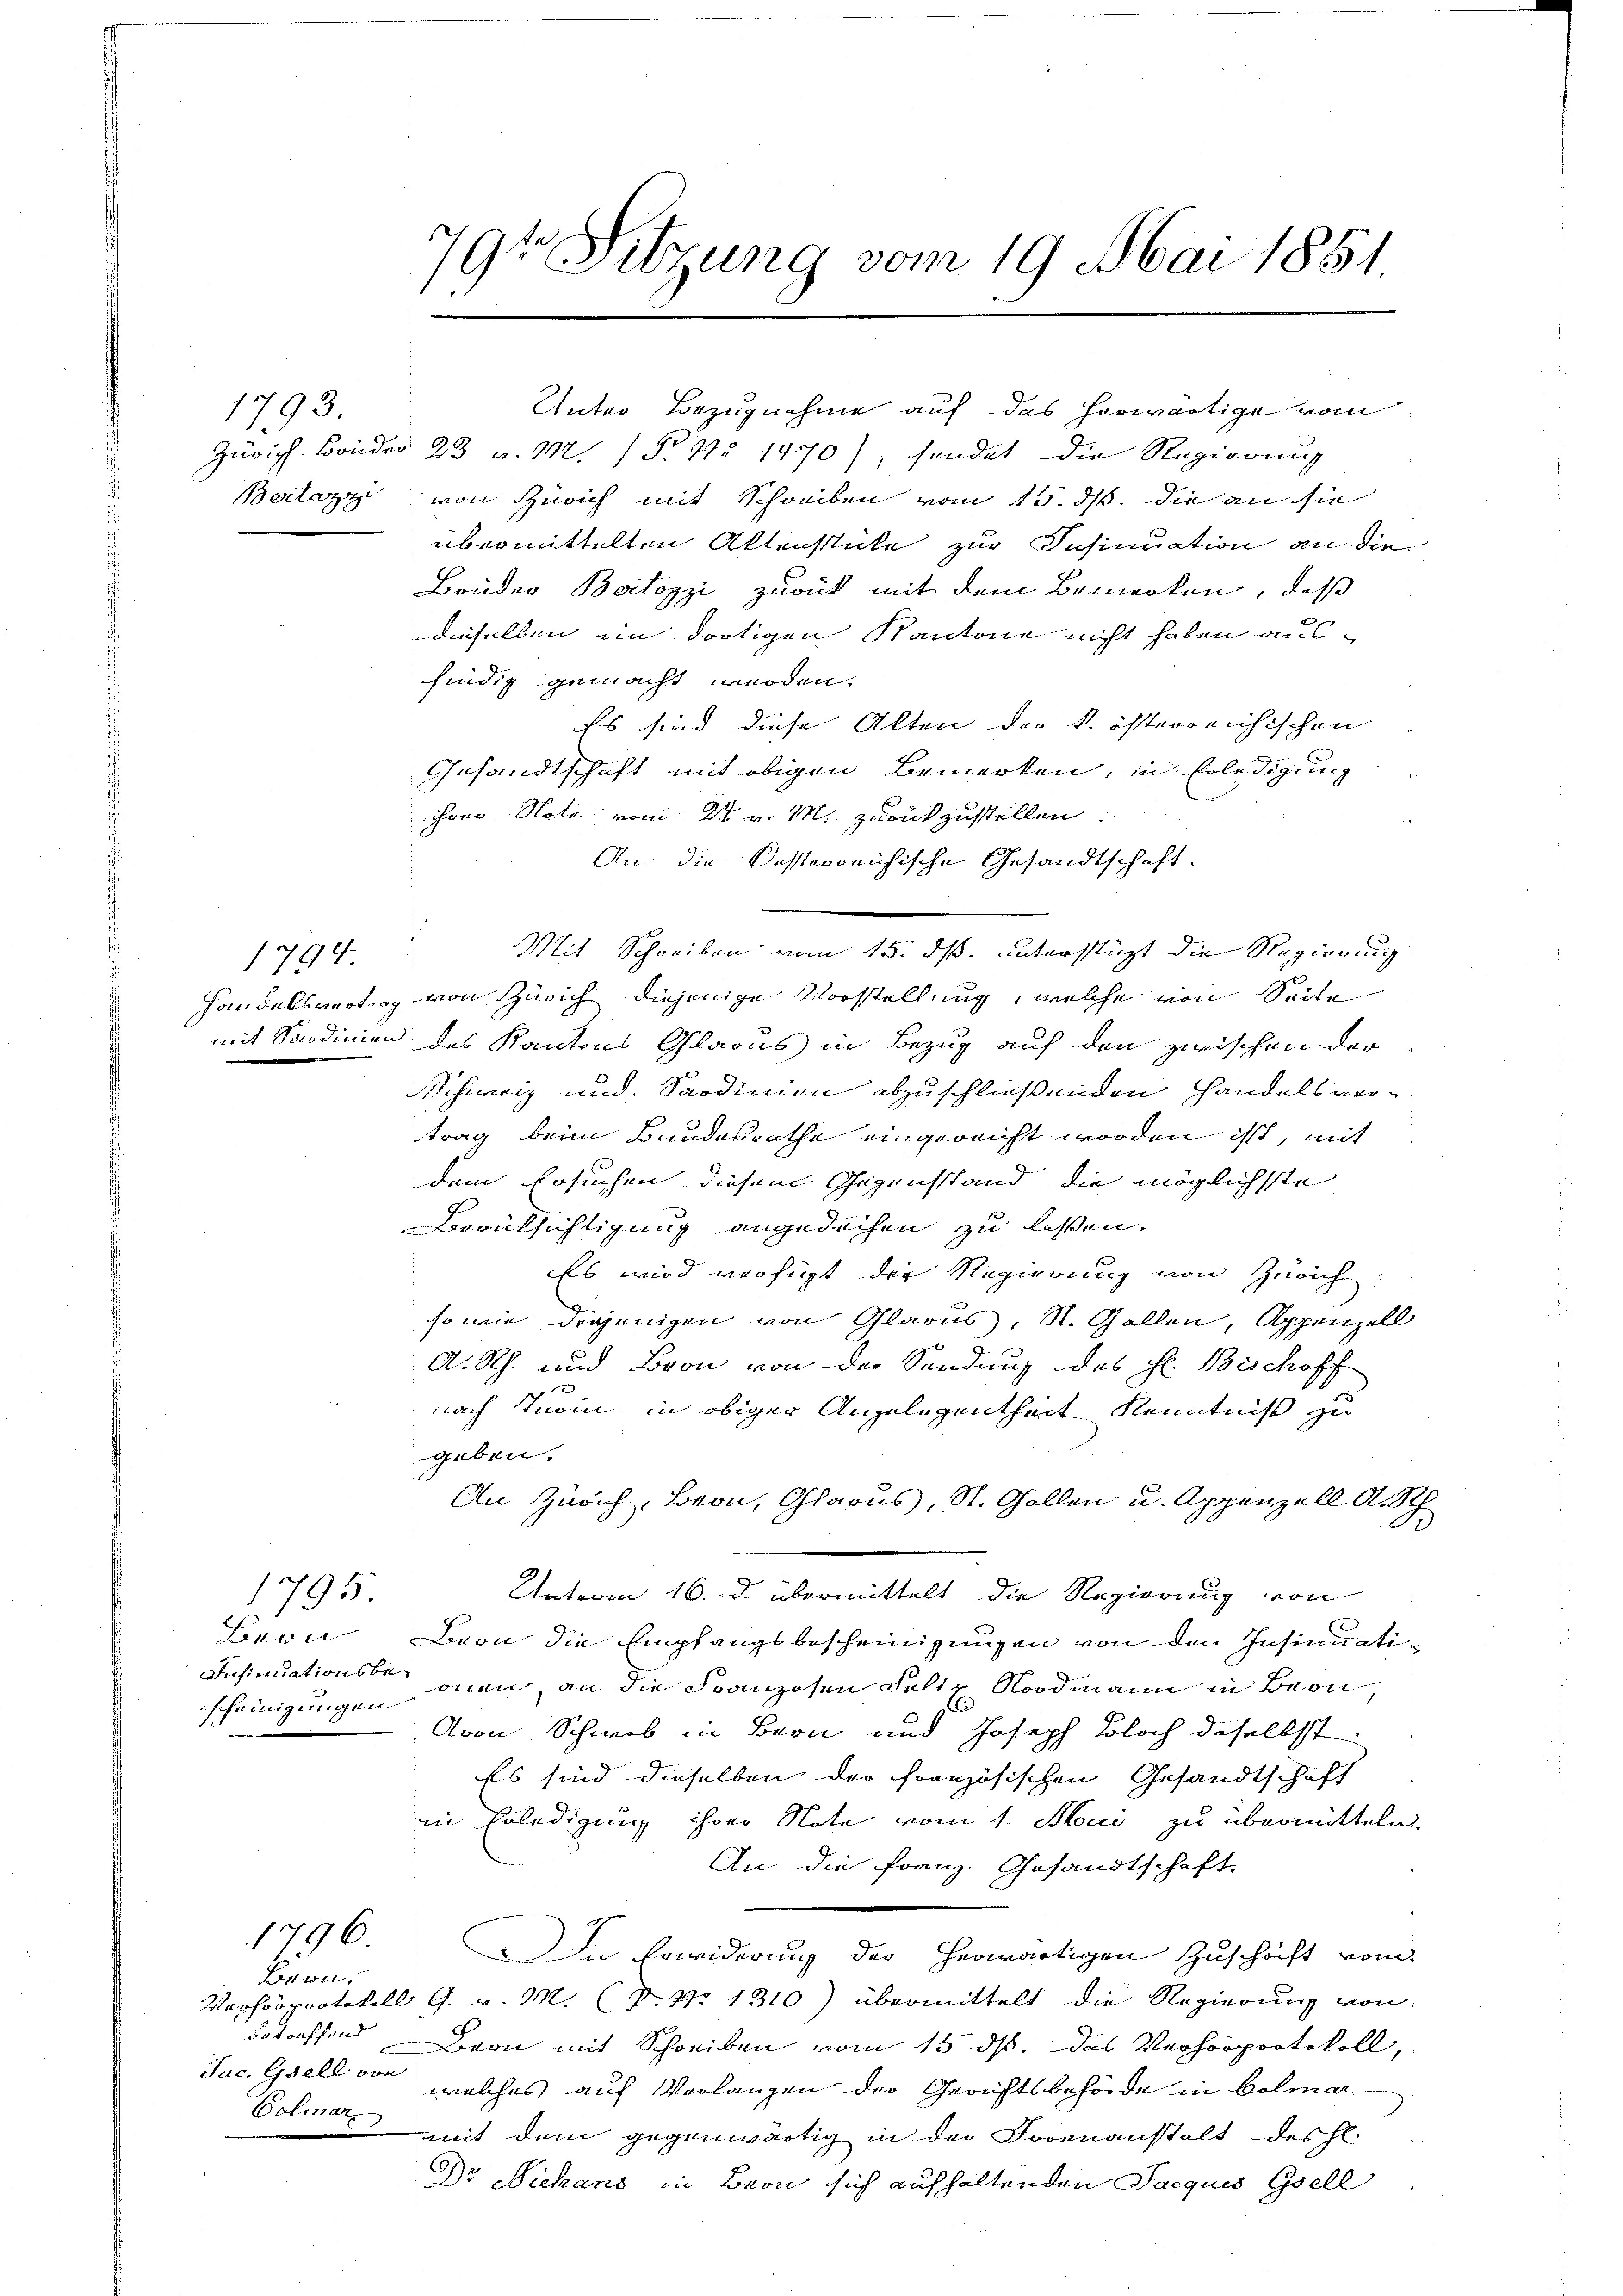
1793.

1794

scheinigungen

1795.

1796.

241. 471
betreffend
Polmar

79te Sitzung vom 19. Mai 1851.

Unter Bezugnahme auf das herwärtige vom
Zürich. Bruder 23 v. M. (§ 91. 1470), sendet die Regierung
Beilazzi von Zürich mit Schreiben vom 15. ds. die an sie
übermittelten Aktenstücke zur Insinuation an die
Boudro Bartozzi zurück mit dem Bemerken, daß
dieselben im dortigen Kantone nicht haben ausfindig gemacht werden.
Es sind diese Alten der k. österreichischen
Gesandtschaft mit obigen Bemerken, in Erledigung
ihrer Note vom 21. v. M. zurückzustellen.
An die Kosterreichische Gesandtschaft
Handelswertung von Zürich diejenige Vorstellung, welche von Seite
mit Sardinien des Kantons Glarus in Bezug auf den zwischen der
Schweiz und Sardinien abzuschließenden Handels vertrag beim Bandesrathe eingereicht worden ist, mit
dem Ersuchen diesem Gegenstand, die möglichste
Berücksichtigung angedechen zu lassen.
Es wird verfügt die Regierung von Zürich,
so wie diejenigen von Glarus, St. Gallen, Appenzell
A. Rh. und Bron von der Sendung des Hr. Beschoff
nach Turin in obiger Angelegentheit Kenntniß zu
geben.
An Zürich, Baron, Glarus, St. Gallen u. Appenzell A. Sch
Unterm 16. d.          Die Regierung von
Bern Bern die Empfangsbescheinigungen von den Insinuati¬
Insinuations inen, an die Franzosen Felix Nordmann in Bern,
)
Avon Schweb in Bern und Joseph Bloch daselbst
Es sind dieselben der französischen Gesandtschaft
in Erledigung ihrer Note vom 1. Mai zu übermitteln.
An die Franz. Gesandtschaft
In Erwiderung der herwärtigen Zuschäft vom
Vaphorprotokoll G. v. M. (N. N. 1310) übermittelt die Regierung von
Beon mit Schreiben vom 15. ds. das Verhörprotokoll,
Jac. Gsell von welches auf Verlangen der Gerichtsbehörde in Colmar
mit dem gegenwärtig in der Logenanstalt des hl.
Dr Niehans in Bern sich aufhaltenden Jacquis Gsell

Mit Schreiben vom 15. dß. unterstützt die Regierung